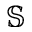
\mathbb { S }